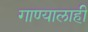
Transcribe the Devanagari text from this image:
गाण्यालाही